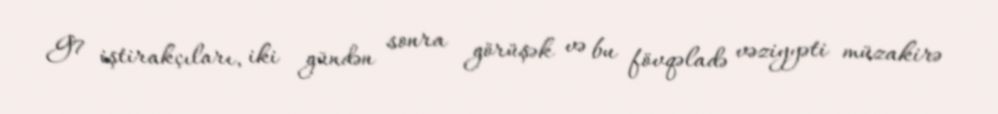
G7 iştirakçıları, iki gündən sonra görüşək və bu fövqəladə vəziyyəti müzakirə